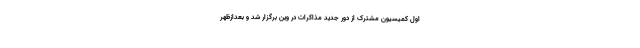
اول کمیسیون مشترک از دور جدید مذاکرات در وین برگزار شد و بعدازظهر